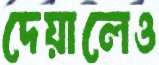
দেয়ালেও